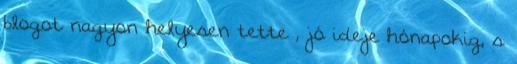
blogot nagyon helyesen tette , jó ideje hónapokig, s